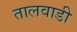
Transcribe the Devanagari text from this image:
तालवाडी